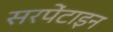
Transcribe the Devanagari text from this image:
सरपेंटाइन